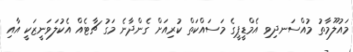
މައުލޫމާތު މުއްސަނދިވި އެމްޑީޕީގެ މަސައްކަތް ކުރިއަށް ގެންދާނެ މަގު ޗާޓެއް އެކުލަވަނީޒަކީ އާއި